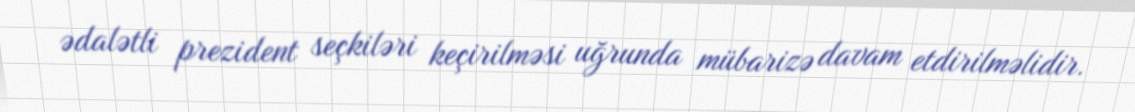
ədalətli prezident seçkiləri keçirilməsi uğrunda mübarizə davam etdirilməlidir.